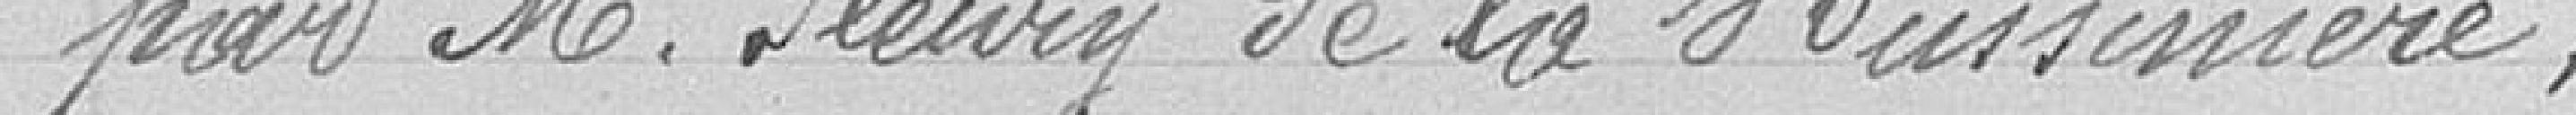
par Monsieur FLEURY de la Hussinière ;